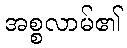
အစ္စလာမ်၏